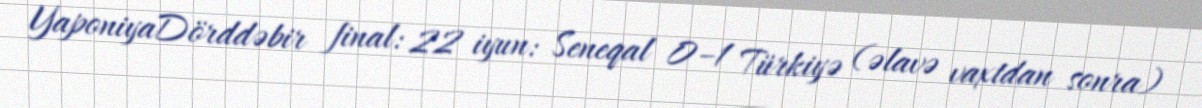
YaponiyaDörddəbir final: 22 iyun: Seneqal 0–1 Türkiyə (əlavə vaxtdan sonra)